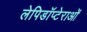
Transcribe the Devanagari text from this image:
लेपिडॉप्टेराओं